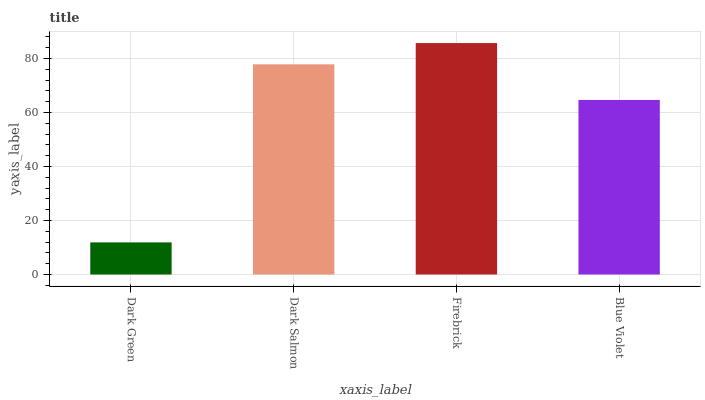
| xaxis_label | bars |
 | --- | --- |
 | Dark Green | 11.9 |
 | Dark Salmon | 77.8 |
 | Firebrick | 85.7 |
 | Blue Violet | 64.6 |